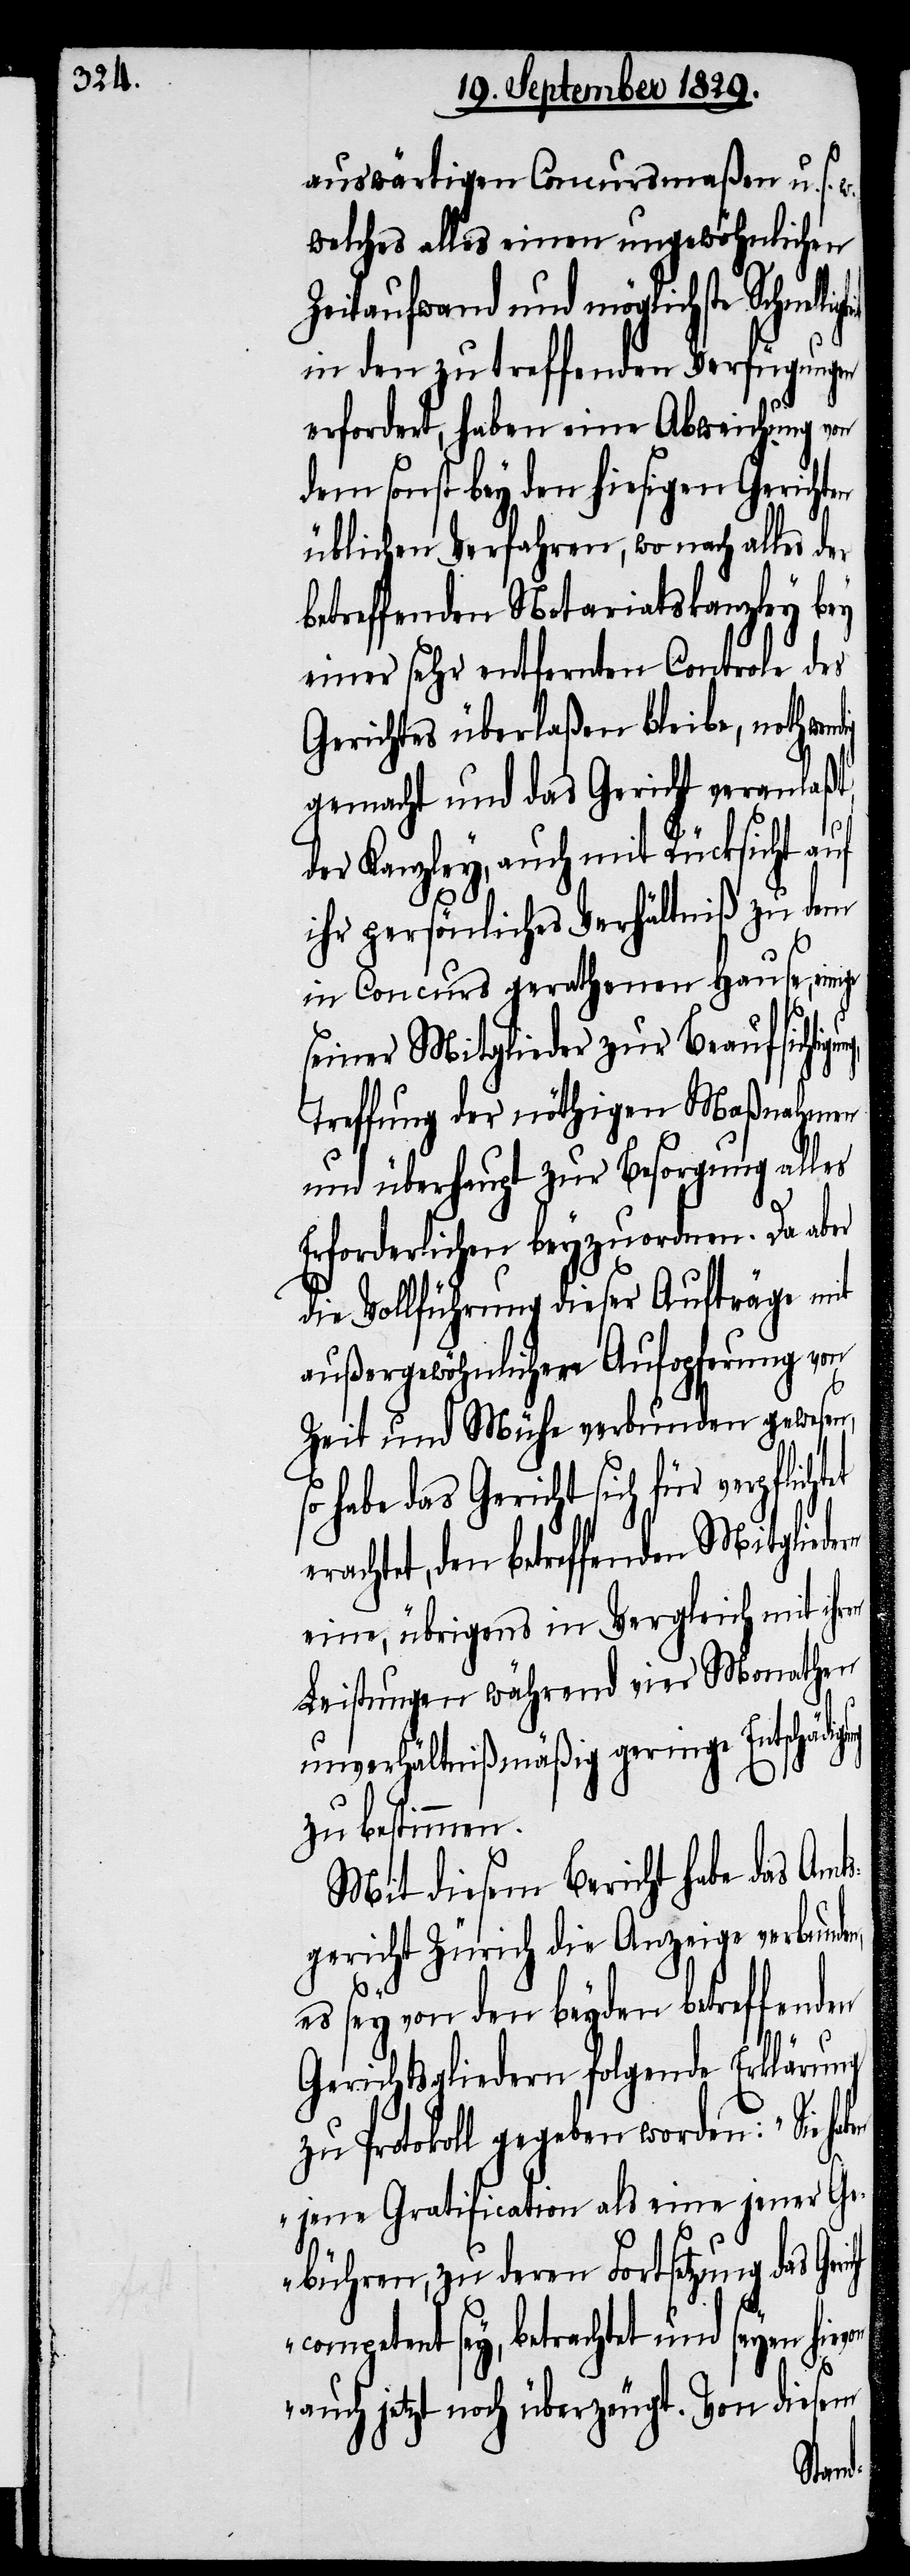
auswärtigen Concursmaßen u. s.
welches alles einen ungewöhnlichen
Zeitaufwand und möglichste Schnel¬
in den zu treffenden Verfügungen
erfordert, haben eine Abweichung von
sonst bey den hiesigen Gerich¬
üblichen Verfahren, wonach alles der
betreffenden Notariatskanzley bey
einer sehr entfernten Controle des
Gerichts überlaßen bleibe, nothwen¬
gemacht und das Gericht veranlaßt,
der Kanzley, auch mit Rücksicht auf
ihr persönliches Verhältniß zu dem
c¬
in Concurs gerathenen Hause, einige
seiner Mitglieder zur Beaufsichtigu¬
Treffung der nöthigen Maßnahmen
und überhaupt zur Besorgung alles
Erforderlichen beyzuwohnen. Da aber
die Vollführung dieser Aufträge mit
außergewöhnlicher Aufopferung von
Zeit und Mühe verbunden gewesen,
so habe das Gericht sich für verpflicht¬
eine, übrigens im Vergleich mit ihren
Leistungen während vier Monathen
unverhältnißmäßig geringe Entschädi¬
zu bestimmen.
Mit diesem Bericht habe das Amts¬
gericht Zürich die Anzeige verbunde¬
n,
es sey von den beyden betreffenden
gung
Gerichtsgliedern folgende Erklärung
zu Protokoll gegeben worden: „Sie ha¬
jene Gratification als eine jener Ge¬
bühren, zu deren Fortsetzung das Ger¬
ompetent sey, betrachtet und seyen
auch jetzt noch überzeugt. Von diesem
ben